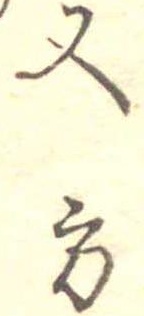
又方